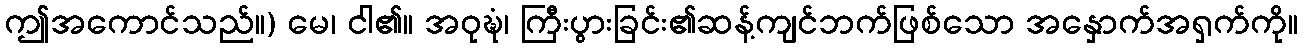
ဤအကောင်သည်။) မေ၊ ငါ၏။ အဝုဍ္ဎံ၊ ကြီးပွားခြင်း၏ဆန့်ကျင်ဘက်ဖြစ်သော အနှောက်အရှက်ကို။